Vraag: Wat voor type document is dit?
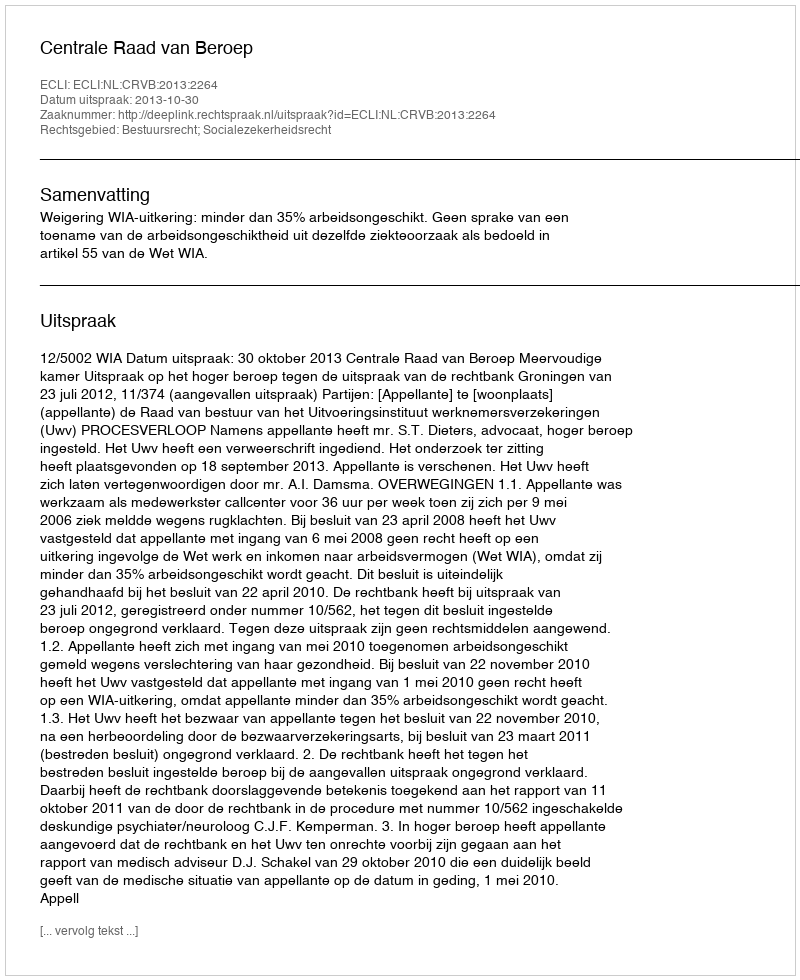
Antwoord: Uitspraak